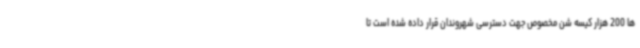
ها 200 هزار کیسه شن مخصوص جهت دسترسی شهروندان قرار داده شده است تا